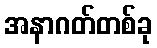
အနာဂတ်တစ်ခု